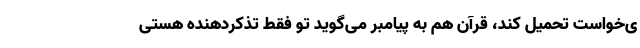
ی‌خواست تحمیل کند، قرآن هم به پیامبر می‌گوید تو فقط تذکردهنده هستی